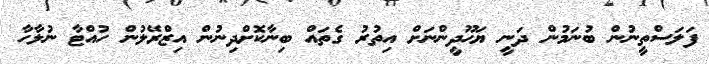
ފަލަސްތީނުން ބުނަމުން ދަނީ ޔަހޫދީންނަށް އިތުރު ގެތައް ބިނާކޮށްދިނުން އިޒްރޭލުން ހުއްޓާ ނުލާހާ